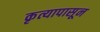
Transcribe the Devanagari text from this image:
कृत्यापासून